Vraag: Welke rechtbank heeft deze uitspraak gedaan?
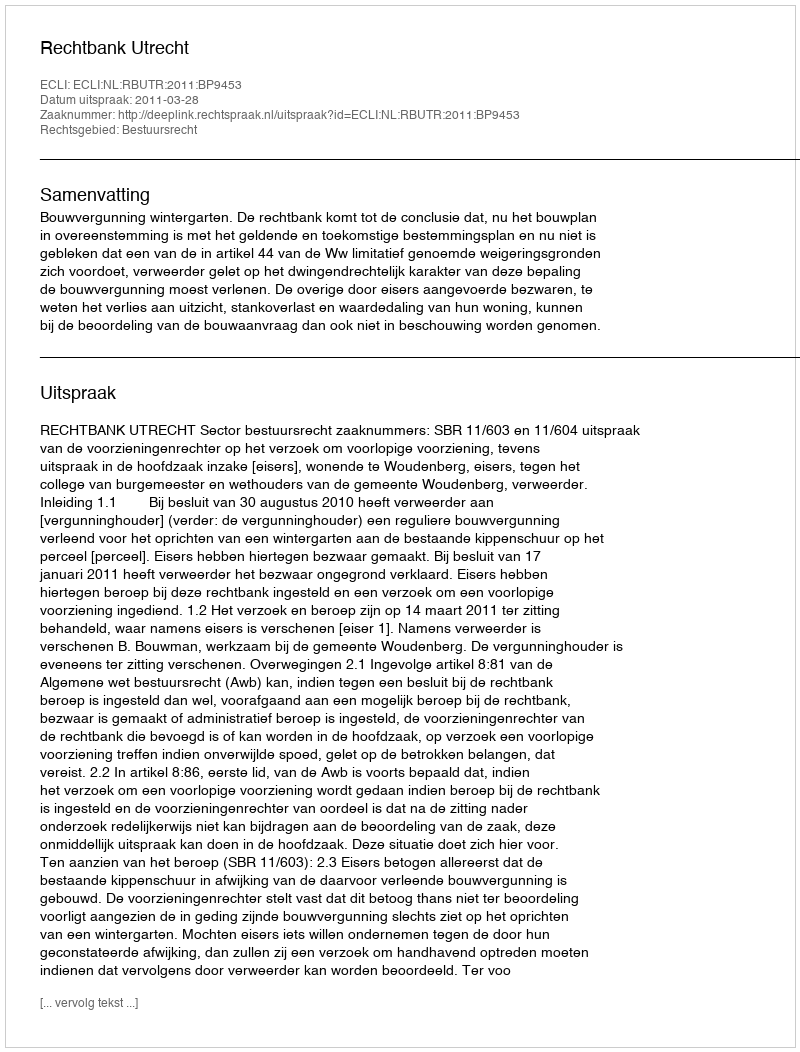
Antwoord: Rechtbank Utrecht